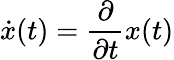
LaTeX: {\dot{x}}(t)={\frac{\partial}{\partial t}}x(t)